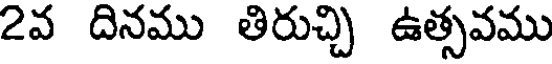
2వ దినము తిరుచ్చి ఉత్సవము